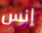
إنس